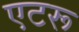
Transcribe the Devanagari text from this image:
एटरू